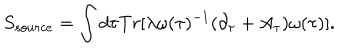
S _ { s o u r c e } = \int d \tau T r [ \lambda \omega ( \tau ) ^ { - 1 } ( \partial _ { \tau } + A _ { \tau } ) \omega ( \tau ) ] .